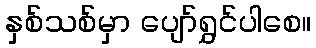
နှစ်သစ်မှာ ပျော်ရွှင်ပါစေ။